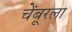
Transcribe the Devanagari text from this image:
चेंबूरला